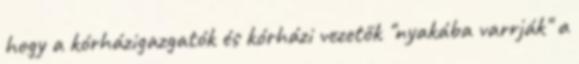
hogy a kórházigazgatók és kórházi vezetők "nyakába varrják" a